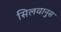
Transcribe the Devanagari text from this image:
सिलवानुस